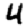
Digit: 4